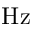
\mathrm { H z }